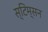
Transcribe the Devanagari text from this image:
स्टिम्सन